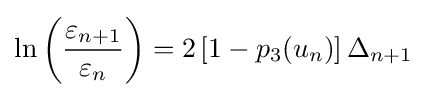
\ln \left({\frac {\varepsilon _{n+1}}{\varepsilon _{n}}}\right)=2\left[1-p_{3}(u_{n})\right]\Delta _{n+1}